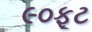
૯૦ફૂટ